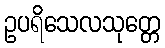
ဥပရိသေလသုတ္တေ